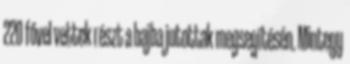
220 fővel vettek részt a bajba jutottak megsegítésén. Mintegy